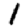
Digit: 1